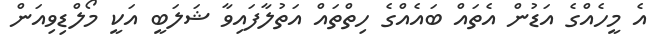
އެ މީހެއްގެ އަޑުން އެތައް ބައެއްގެ ހިތްތައް އަތުލާފައިވާ ޝަލަބީ އަކީ މޯލްޑިވިއަން